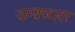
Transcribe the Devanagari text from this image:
ताम्ब्रपटावर